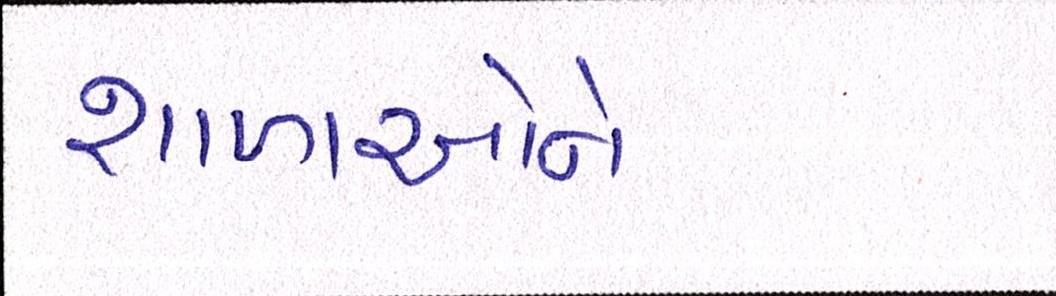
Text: શાળાઓને